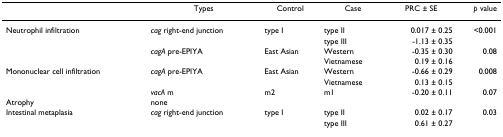
<table><thead><tr><td></td><td><b>Types</b></td><td><b>Control</b></td><td><b>Case</b></td><td><b>PRC ± SE</b></td><td><b><i>p </i>value</b></td></tr></thead><tbody><tr><td>Neutrophil infiltration</td><td><i>cag </i>right-end junction</td><td>type I</td><td>type II</td><td>0.017 ± 0.25</td><td>&lt;0.001</td></tr><tr><td></td><td></td><td></td><td>type III</td><td>-1.13 ± 0.35</td><td></td></tr><tr><td></td><td><i>cagA </i>pre-EPIYA</td><td>East Asian</td><td>Western</td><td>-0.35 ± 0.30</td><td>0.08</td></tr><tr><td></td><td></td><td></td><td>Vietnamese</td><td>0.19 ± 0.16</td><td></td></tr><tr><td>Mononuclear cell infiltration</td><td><i>cagA </i>pre-EPIYA</td><td>East Asian</td><td>Western</td><td>-0.66 ± 0.29</td><td>0.008</td></tr><tr><td></td><td></td><td></td><td>Vietnamese</td><td>0.13 ± 0.15</td><td></td></tr><tr><td></td><td><i>vacA </i>m</td><td>m2</td><td>m1</td><td>-0.20 ± 0.11</td><td>0.07</td></tr><tr><td>Atrophy</td><td>none</td><td></td><td></td><td></td><td></td></tr><tr><td>Intestinal metaplasia</td><td><i>cag </i>right-end junction</td><td>type I</td><td>type II</td><td>0.02 ± 0.17</td><td>0.03</td></tr><tr><td></td><td></td><td></td><td>type III</td><td>0.61 ± 0.27</td><td></td></tr></tbody></table>